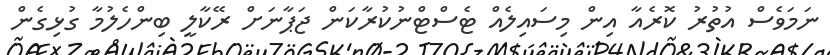
ނަމަވެސް އުތުރު ކޮރެއާ އިން މިސައިލެއް ޓެސްޓްނުކުރާކަން ޖަޕާނަށް ރޭކާލީ ބިންހެލުމާ ގުޅިގެން